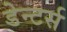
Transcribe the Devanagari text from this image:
डेन्टर्स